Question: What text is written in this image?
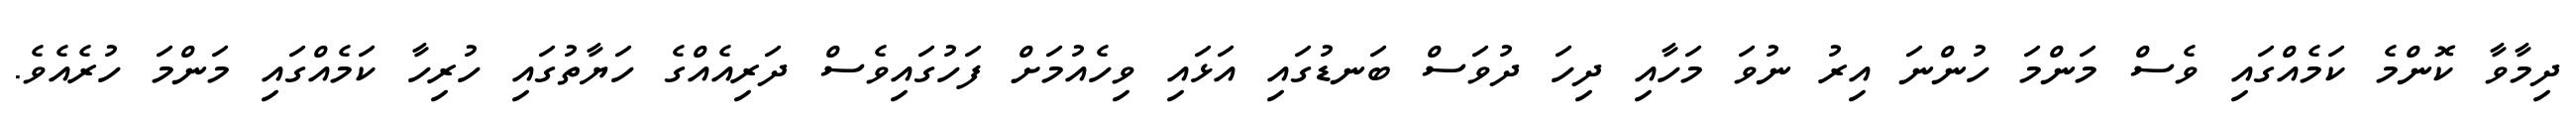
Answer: ދިމާވާ ކޮންމެ ކަމެއްގައި ވެސް މަންމަ ހުންނަ އިރު ނުވަ މަހާއި ދިހަ ދުވަސް ބަނޑުގައި އަޅައި ވިހެއުމަށް ފަހުގައިވެސް ދަރިއެއްގެ ހަޔާތުގައި ހުރިހާ ކަމެއްގައި މަންމަ ހުރެއެވެ.